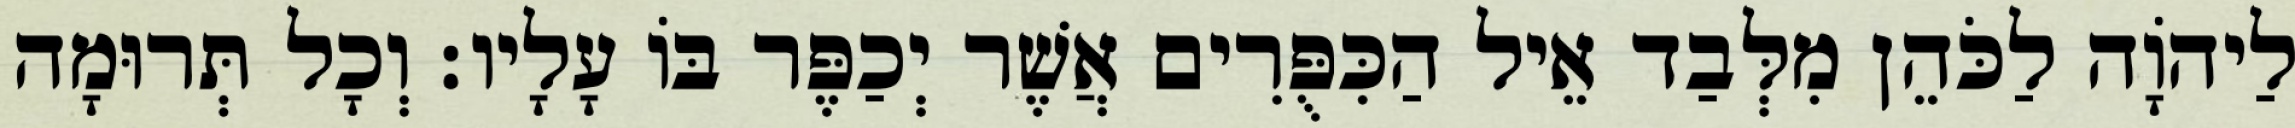
לַיהוָֹה לַכֹּהֵן מִלְּבַד אֵיל הַכִּפֻּרִים אֲשֶׁר יְכַפֶּר בּוֹ עָלָיו׃ וְכָל תְּרוּמָה